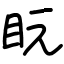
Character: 盶